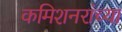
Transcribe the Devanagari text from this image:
कमिशनरांच्या